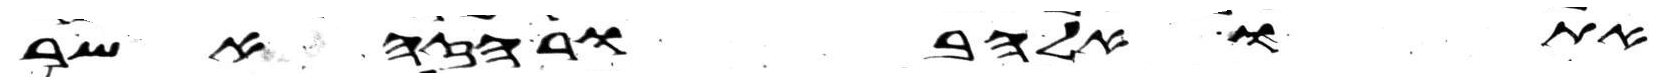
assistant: אתו אל הבור הזה אשר